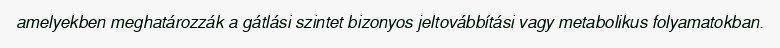
amelyekben meghatározzák a gátlási szintet bizonyos jeltovábbítási vagy metabolikus folyamatokban.